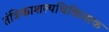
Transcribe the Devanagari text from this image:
तंत्रिकाशल्यचिकित्सक